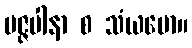
မဇ္ဇပါနာ စ သံယမော။